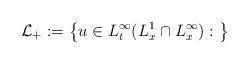
LaTeX: \begin{align*}{\mathcal L}_+:=\bigl\{u\in L^\infty_t(L^1_x \cap L^\infty_x):\ \bigr\}\end{align*}